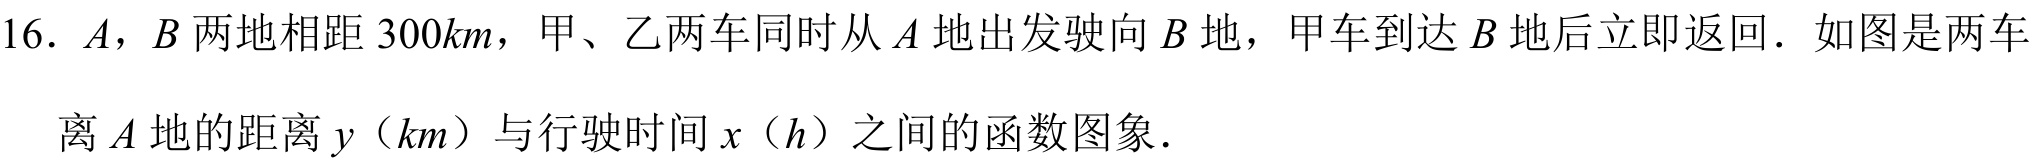
16. $A，B$两地相距$300km$，甲、乙两车同时从$A$地出发驶向$B$地，甲车到达$B$地后立即返回．如图是两车离$A$地的距离$y（km）$与行驶时间$x（h）$之间的函数图象．